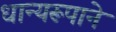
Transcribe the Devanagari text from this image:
धान्‍यरूपाने